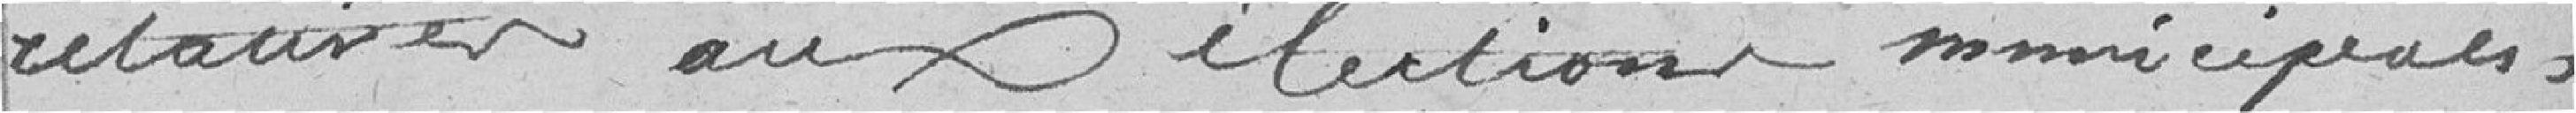
retourner aux élections municipales